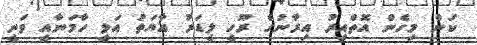
ކަން މިހެން އޮތްއިރު އިރާނުގެ ރޫހީ ލީޑަރު އާޔަތު އަލީ ހާމަނާއީ ވަނީ